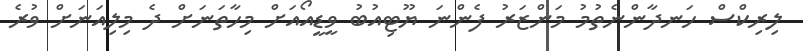
ލިރިކްސް ހަނދާންނެތުމު މަންޒަރު ފެންނަ ޔޫޓިއުބު ވީޑީއޯއަށް މިހާތަނަށް ދެ މިލިއަނަށް ވުރެ